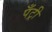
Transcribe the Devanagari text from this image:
पँट्री